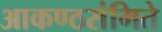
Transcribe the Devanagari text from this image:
आकण्ठसंमिते